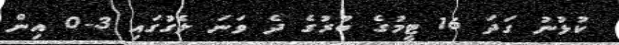
ކުޅުނު ގަދަ 16 ޓީމުގެ ބުރުގެ ދެ ވަނަ ލެގުގައި 3-0 އިން